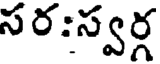
సర:స్వర్గ